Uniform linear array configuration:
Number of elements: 8
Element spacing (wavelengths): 1
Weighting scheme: hamming
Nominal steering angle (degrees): -30
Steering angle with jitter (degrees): -29.601
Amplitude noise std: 0.05
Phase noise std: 0.05

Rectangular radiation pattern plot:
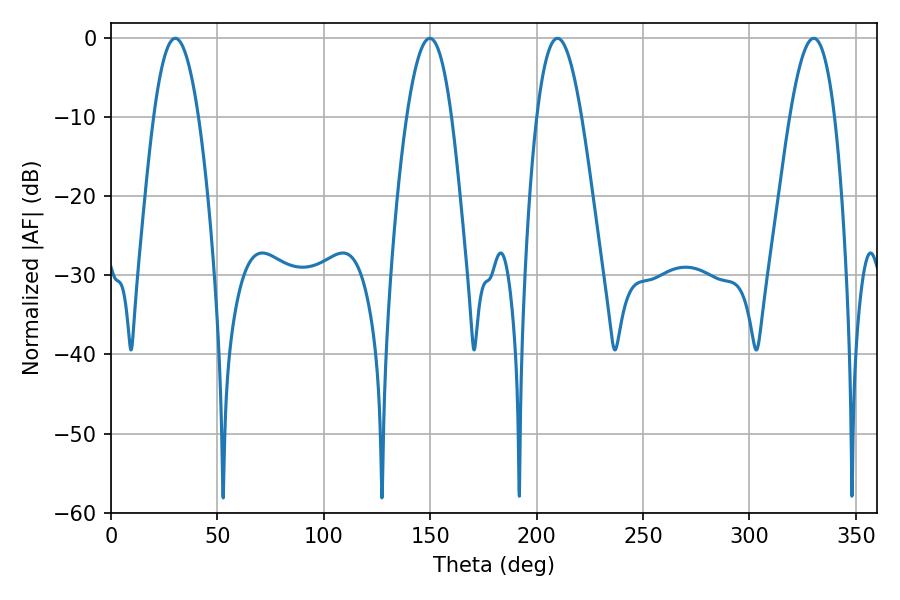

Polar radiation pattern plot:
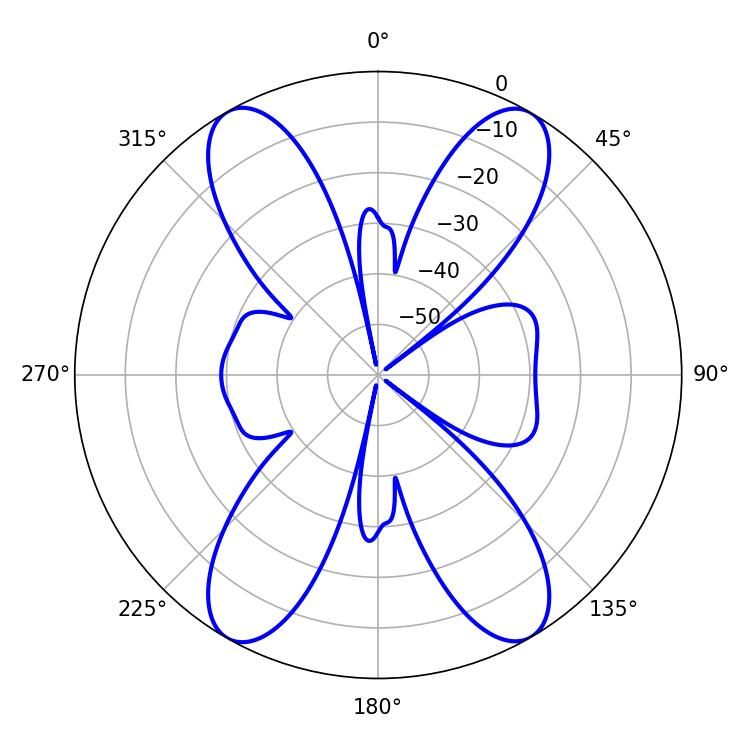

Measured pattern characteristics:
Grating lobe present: TRUE
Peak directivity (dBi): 31.567
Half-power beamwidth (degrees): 11.7
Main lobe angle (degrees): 30.24